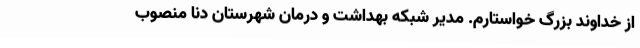
از خداوند بزرگ خواستارم. مدیر شبکه بهداشت و درمان شهرستان دنا منصوب